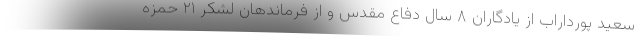
سعید پورداراب از یادگاران ۸ سال دفاع مقدس و از فرماندهان لشکر ۲۱ حمزه